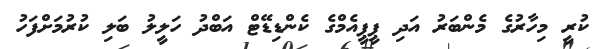
ކުރީ މިހާރުގެ މެންބަރު އަދި ޕީޕީއެމްގެ ކެންޑިޑޭޓް އަބްދު ހަލީލު ބަލި ކުރުމަށްފަހު